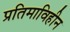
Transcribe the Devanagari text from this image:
प्रतिमाविहीन